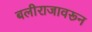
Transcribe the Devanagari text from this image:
बलीराजावरून